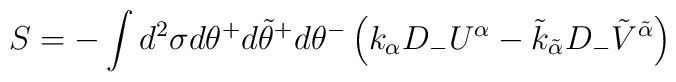
S = -\int d^2 \sigma d\theta^{+}d\tilde{\theta}^{+}d\theta^{-} \left(k_\alpha D_- U^\alpha -\tilde{k}_{\tilde{\alpha}} D_-\tilde{V}^{\tilde{\alpha}}\right)